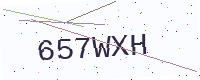
Text: 657WXH